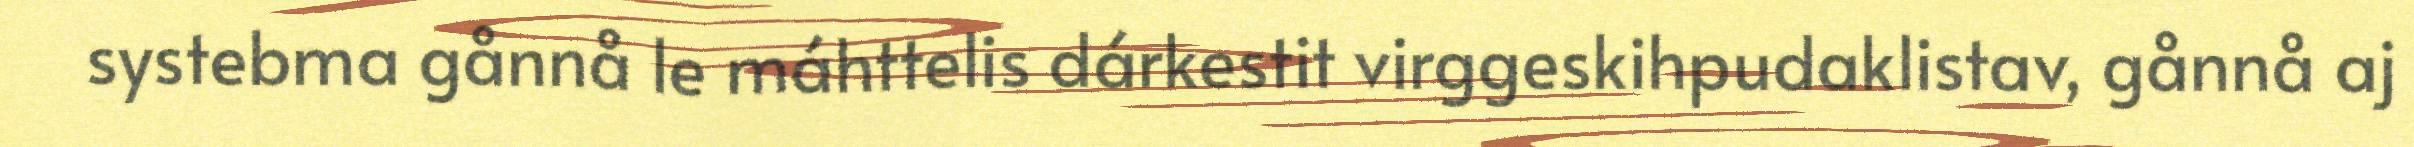
systebma gånnå le máhttelis dárkestit virggeskihpudaklistav, gånnå aj